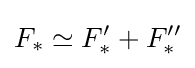
F_{*}\simeq F'_{*}+F''_{*}